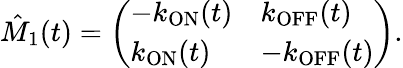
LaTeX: \hat{M}_{1}(t)=\left(\begin{array}{ll}{-k_{\mathrm{ON}}(t)}&{k_{\mathrm{OFF}}(t)}\\ {k_{\mathrm{ON}}(t)}&{-k_{\mathrm{OFF}}(t)}\end{array}\right).